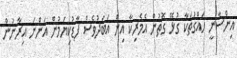
އިންސާނީ ހައްގުތަކާ ގުޅޭ ގޮތުން އެމެރިކާ އިން އަބަދުވެސް ފާޑުކިޔަމުން އަންނަ އިރާނުން